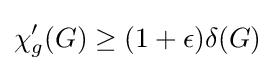
\chi '_{g}(G)\geq (1+\epsilon )\delta (G)